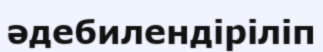
әдебилендіріліп